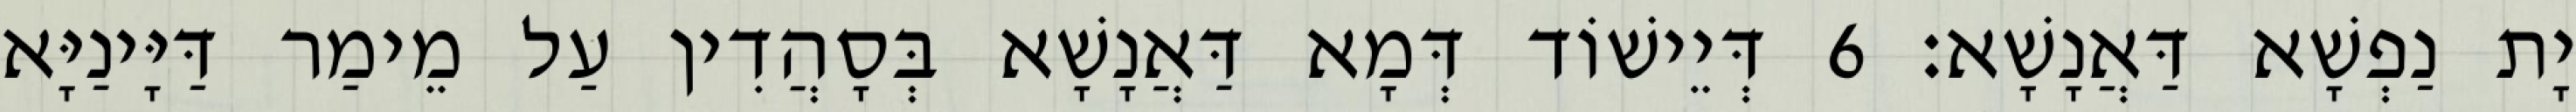
יָת נַפְשָׁא דַּאֲנָשָׁא׃ 6 דְּיֵישׁוֹד דְּמָא דַּאֲנָשָׁא בְּסָהֲדִין עַל מֵימַר דַּיָּינַיָּא